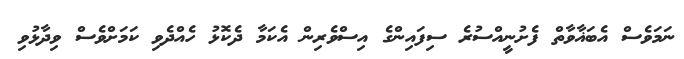
ނަމަވެސް އެބަޣާވާތް ފެށުނީއްސުރެ ސިފައިންގެ އިސްވެރިން އެކަމާ ދެކޮޅު ހެއްދެވި ކަމަށްވެސް ވިދާޅުވި